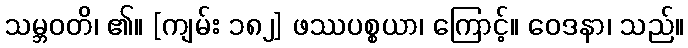
သမ္ဘဝတိ၊ ၏။ [ကျမ်း ၁၈၂] ဖဿပစ္စယာ၊ ကြောင့်။ ဝေဒနာ၊ သည်။